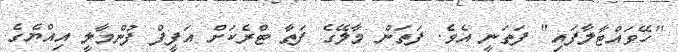
"ހޭވައްޓާލާފައި" ފަތަނީ އެވެ. ފަތަން މާލޭގެ ފަތާ ޓްރެކަށް އަފީފް ފުންމާލީ އިއްޔެގެ